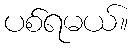
ပစ်ရမယ်။